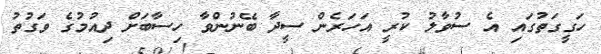
ހަގީގަތުގައި އެ ސުވާލު ކުރީ އަހަރެން ސީދާ ބޭނުންވާ ހިސާބަށް ދިއުމުގެ ވަގުތު